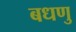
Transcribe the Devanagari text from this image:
बधणु